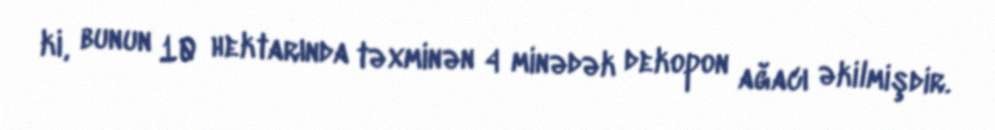
ki, bunun 10 hektarında təxminən 4 minədək dekopon ağacı əkilmişdir.